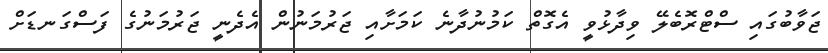
ޖަވާބުގައި ސްޓްރޮބެލޭ ވިދާޅުވީ އެގޮތް ކަމުނުދާނެ ކަމަށާއި ޖަރުމަނުން އެދެނީ ޖަރުމަނުގެ ފަސްގަނޑަށް